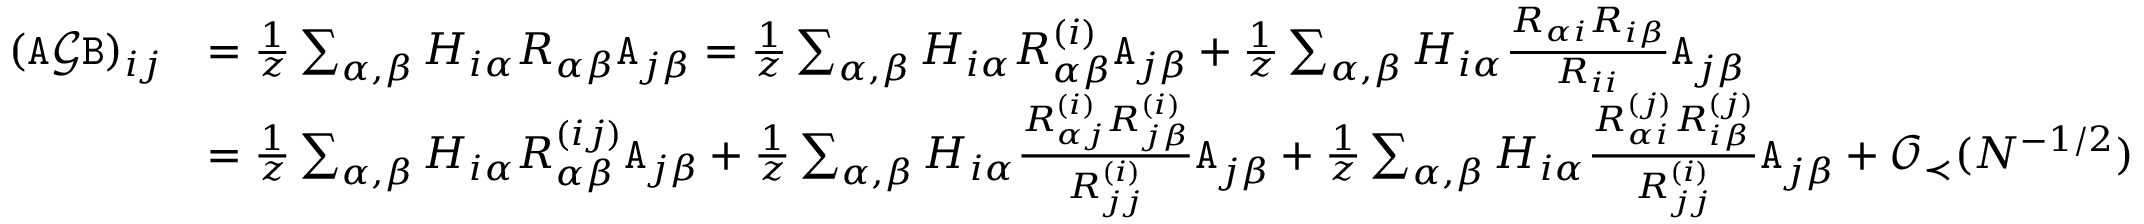
\begin{array} { r l } { ( { \texttt A } { \mathcal G } { \texttt B } ) _ { i j } } & { = \frac { 1 } { z } \sum _ { \alpha , \beta } H _ { i \alpha } R _ { \alpha \beta } { \texttt A } _ { j \beta } = \frac { 1 } { z } \sum _ { \alpha , \beta } H _ { i \alpha } R _ { \alpha \beta } ^ { ( i ) } { \texttt A } _ { j \beta } + \frac { 1 } { z } \sum _ { \alpha , \beta } H _ { i \alpha } \frac { R _ { \alpha i } R _ { i \beta } } { R _ { i i } } { \texttt A } _ { j \beta } } \\ & { = \frac { 1 } { z } \sum _ { \alpha , \beta } H _ { i \alpha } R _ { \alpha \beta } ^ { ( i j ) } { \texttt A } _ { j \beta } + \frac { 1 } { z } \sum _ { \alpha , \beta } H _ { i \alpha } \frac { R _ { \alpha j } ^ { ( i ) } R _ { j \beta } ^ { ( i ) } } { R _ { j j } ^ { ( i ) } } { \texttt A } _ { j \beta } + \frac { 1 } { z } \sum _ { \alpha , \beta } H _ { i \alpha } \frac { R _ { \alpha i } ^ { ( j ) } R _ { i \beta } ^ { ( j ) } } { R _ { j j } ^ { ( i ) } } { \texttt A } _ { j \beta } + { \mathcal O } _ { \prec } ( N ^ { - 1 / 2 } ) } \end{array}